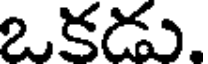
ఒకడు.